system: You are a helpful assistant.
user:
Analyze the provided spectrum to determine if it is a **White Dwarf (WD)**.

A White Dwarf spectrum is defined by its **extreme purity** (due to gravitational settling) and/or **extreme pressure broadening** (due to high surface gravity). You must check for one of the following mutually exclusive signatures:

- **Key Visual Indicators (Check for ONE of these types):**

    - **1. DA-Type Signature (Most Common):**
        - **(Primary Feature):** Extreme pressure broadening (Stark broadening) of the **Hydrogen (H) Balmer lines**.
        - **(Key Lines):** $H\beta$ (approx. $4861$ Å) and $H\gamma$ (approx. $4340$ Å). $H\alpha$ (approx. $6563$ Å) will also be present if the wavelength range covers it.
        - **(Line Profile):** This is the **defining feature**. The lines are **NOT** sharp. They appear as massive, **extremely broad and deep "troughs" or "dips"** in the spectrum, often hundreds of Ångströms wide. The continuum will appear to "scoop" down at these wavelengths.
        - **(Distinction):** Normal A-type or B-type stars have *narrow* and *sharp* Hydrogen lines. A DA White Dwarf's lines are unmistakably "smeared" or "blurry" from pressure.

    - **2. DB-Type Signature:**
        - **(Primary Feature):** Broad absorption lines from **Neutral Helium (He I)**. The spectrum must lack any visible Hydrogen lines.
        - **(Key Lines):** Look for broad absorption near $4471$ Å, $4921$ Å, and $5876$ Å.
        - **(Line Profile):** These lines are also significantly pressure-broadened, appearing much wider than they would in a normal B-type main-sequence star.

    - **3. DC-Type Signature:**
        - **(Primary Feature):** A **featureless continuous spectrum**.
        - **(Line Profile):** The spectrum is a smooth curve with **no significant absorption or emission lines**.
        - **(Key Confirmation):** The continuum is almost always **blue or white**, indicating a hot object. This signature implies the atmosphere is so pure (or so cool) that no spectral lines are visible in the optical range. Its WD identity is confirmed by its extremely low intrinsic brightness (high absolute magnitude).

    - **4. DZ-Type Signature (Metal-Polluted):**
        - **(Primary Feature):** **Isolated, narrow metal absorption lines** on an otherwise featureless (DC-like) continuum.
        - **(Key Lines):** The **Calcium (Ca II) H & K doublet** (approx. **$3934$ Å** and **$3968$ Å**) is the most common and defining feature.
        - **(Line Profile):** These lines are "out of place." They are *not* part of a "forest" of thousands of lines. This signature is evidence of recent *accretion* (pollution) from rocky debris.
        - **(Distinction):** Normal G/K/M stars have a *dense forest* of thousands of metal lines. A DZ has a *clean* continuum with *only a few* strong metal lines.

    - **5. DQ-Type Signature (Carbon-Polluted):**
        - **(Primary Feature):** Absorption bands from **Carbon (C₂ "Swan Bands" or atomic C I)**.
        - **(Key Lines - C₂):** Look for bandheads with a "saw-tooth" shape near $5635$ Å, **$5165$ Å** (strongest), and $4737$ Å.
        - **(Key Confirmation):** The underlying **continuum must be blue or white** (hot).
        - **(Distinction):** This is the critical difference from a **Carbon Star**, which has the *exact same* C₂ bands but on an extremely **red, cool** continuum.

- **(Overall Spectrum):**
    - The continuum (overall shape) is typically **blue-sloping** (brighter in the blue than the red), as most white dwarfs are very hot.
    - The spectrum will look "pure" or "simple," dominated by only *one* of the five signatures listed above.

Think first, call **spectral_visualization_tool** if needed to examine features in detail, then provide your final answer. Your response must adhere to the following strict rules:
1.  **Overall Structure:** Your response must follow the format `<think>...</think> <tool_call>...</tool_call> (if a tool is used) <answer>...</answer>`.
2.  **Tool Usage Constraint:** You may only make **one** tool call per turn.
3.  **Final Answer Format:** In the `<answer>` tag, your conclusion must be inside a `\boxed{}` command (e.g., `\boxed{YES}` or `\boxed{NO}`), followed by your justification.

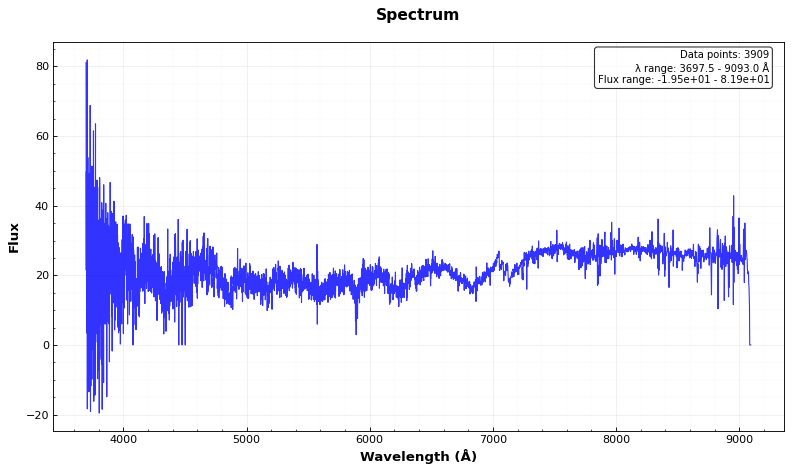
Answer: YES